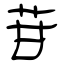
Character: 苷